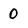
Character: 0